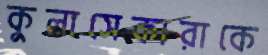
কুলাসেকারাকে